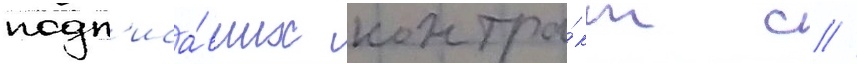
подп'иса́вших контра́кт с //